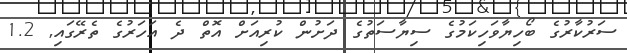
ސަރުކާރުގެ ބޯހިޔާވަހިކަމުގެ ސިޔާސަތުގެ ދަށުން ކުރިއަށް އޮތް ދެ އަހަރުގެ ތެރޭގައި